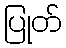
ပြုတ်